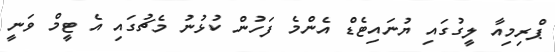
ޕްރިމިއާ ލީގުގައި ޔުނައިޓެޑް އެންމެ ފަހުން ކުޅުނު މެޗުގައި އެ ޓީމް ވަނީ